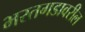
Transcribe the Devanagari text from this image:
भरतगडावरील